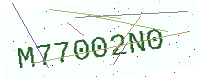
Text: M77002N0